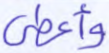
وأعطى